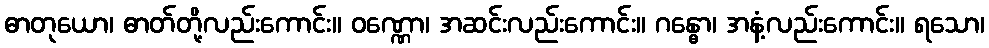
ဓာတုယော၊ ဓာတ်တို့လည်းကောင်း။ ဝဏ္ဏော၊ အဆင်းလည်းကောင်း။ ဂန္ဓော၊ အနံ့လည်းကောင်း။ ရသော၊